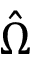
\hat { \Omega }